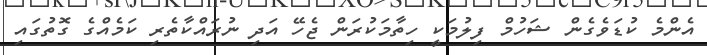
އެންމެ ކުޑަވެގެން ޝަހުމް ފިލުމަކީ ހިތާމަކުރަން ޖެހޭ އަދި ނުރައްކާތެރި ކަމެއްގެ ގޮތުގައި